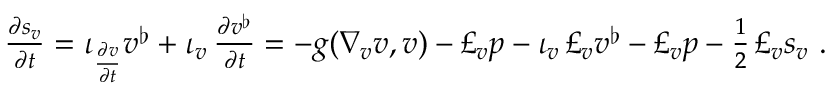
\begin{array} { r } { \frac { \partial s _ { v } } { \partial t } = \iota _ { \frac { \partial v } { \partial t } } v ^ { \flat } + \iota _ { v } \, \frac { \partial v ^ { \flat } } { \partial t } = - g ( \nabla _ { v } v , v ) - \pounds _ { v } p - \iota _ { v } \, \pounds _ { v } v ^ { \flat } - \pounds _ { v } p - \frac { 1 } { 2 } \, \pounds _ { v } s _ { v } \ . } \end{array}